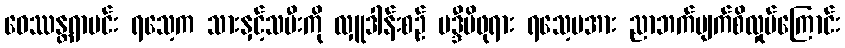
ဝေဿန္တရာမင်း ရသေ့က သားနှင့်သမီးကို လှူဒါန်းစဉ် မဒ္ဒီမိဖုရား ရသေ့မအား ညာဘက်မျက်စိလှုပ်ကြောင်း